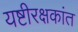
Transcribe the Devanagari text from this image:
यष्टीरक्षकांत